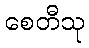
စေတီသု